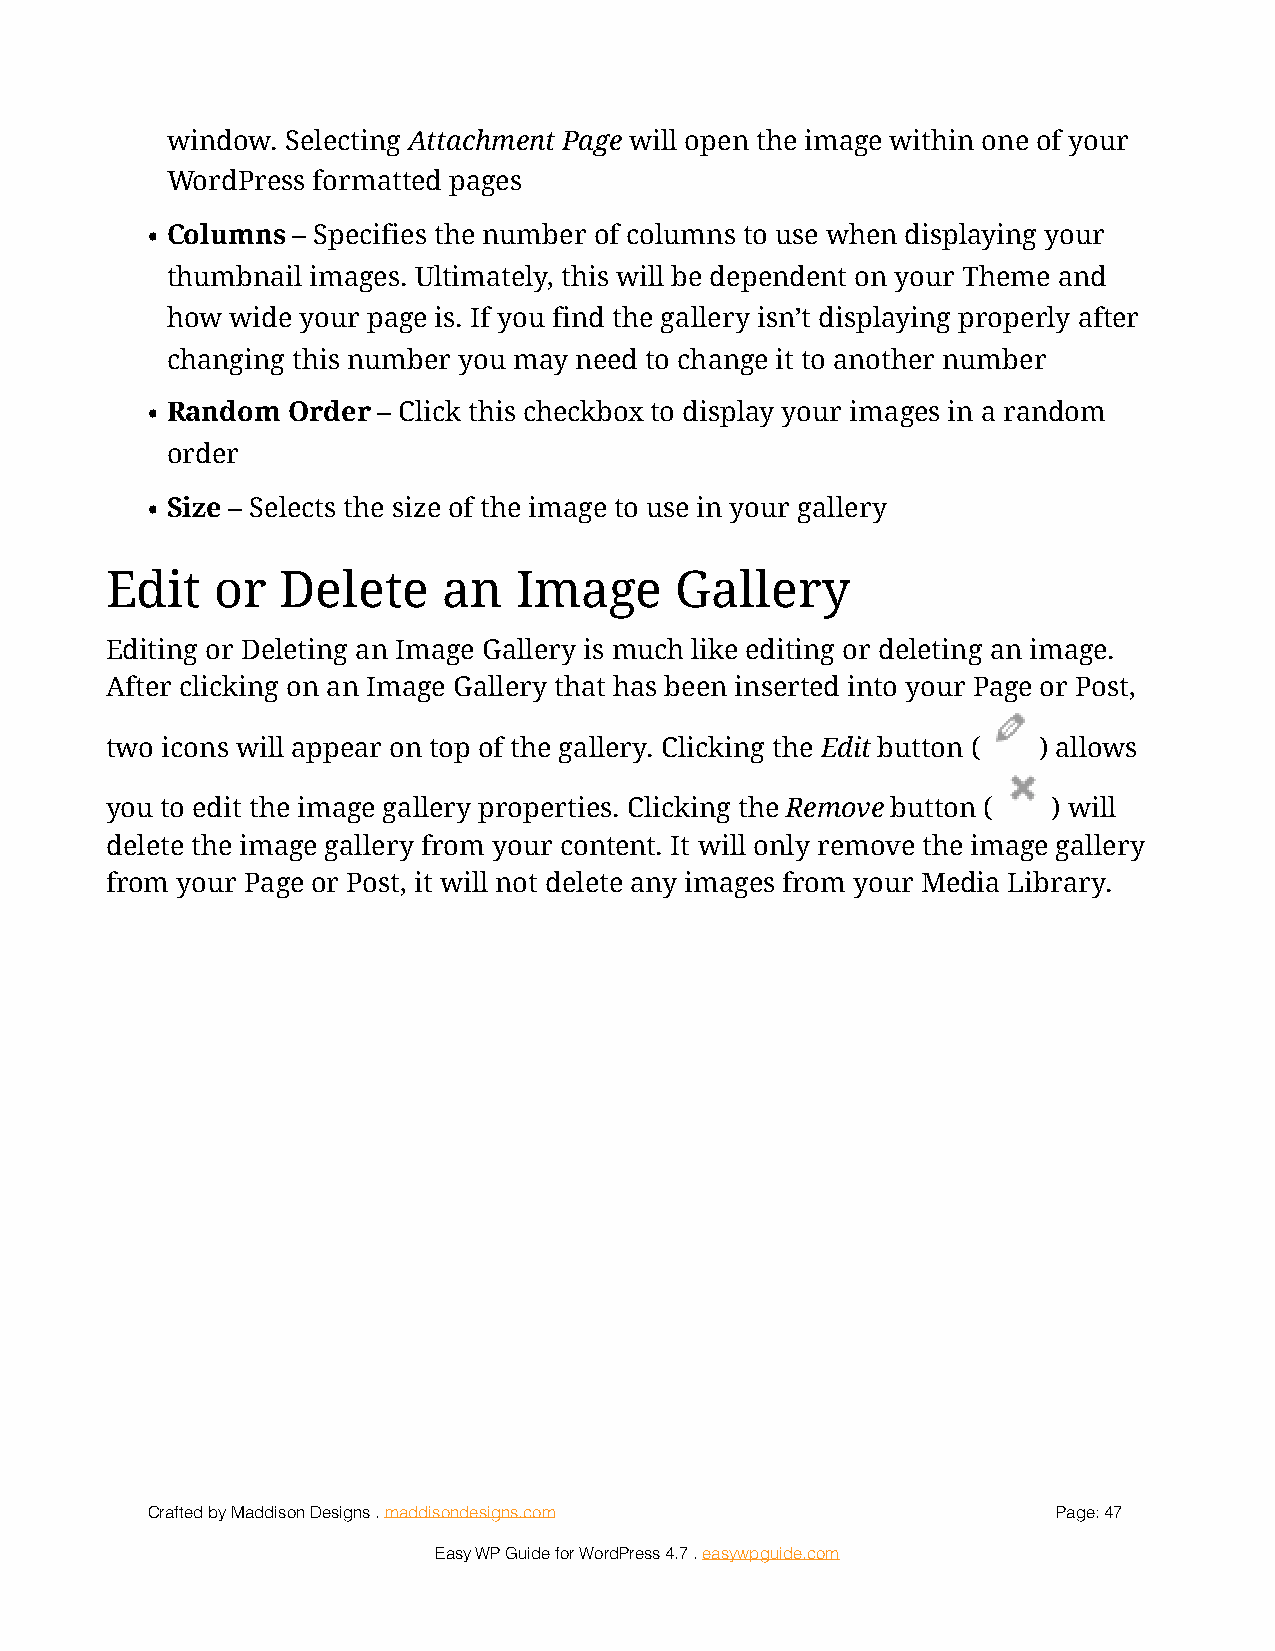
window. Selecting Attachment Page will open the image within one of your
 WordPress formatted pages
 • Columns – Specifies the number of columns to use when displaying your
 thumbnail images. Ultimately, this will be dependent on your Theme and
 how wide your page is. If you find the gallery isn’t displaying properly after
 changing this number you may need to change it to another number
 • Random Order – Click this checkbox to display your images in a random
 order
 • Size – Selects the size of the image to use in your gallery
 Edit   or   Delete    an   Image      Gallery
 Editing or Deleting an Image Gallery is much like editing or deleting an image.
 After clicking on an Image Gallery that has been inserted into your Page or Post,
 two icons will appear on top of the gallery. Clicking the Edit button (! ) allows
 you to edit the image gallery properties. Clicking the Remove button (! ) will
 delete the image gallery from your content. It will only remove the image gallery
 from your Page or Post, it will not delete any images from your Media Library.
 Crafted by Maddison Designs . maddisondesigns.com           Page: 4 7
 Easy WP Guide for WordPress 4.7 . easywpguide.com